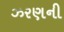
ઝરણની